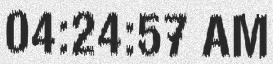
04:24:57 AM